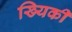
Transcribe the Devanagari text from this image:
ख्यिकी